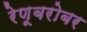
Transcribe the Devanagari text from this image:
रेणूबरोबर